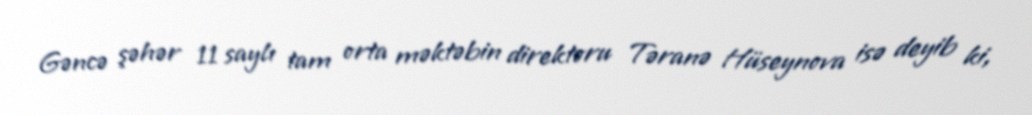
Gəncə şəhər 11 saylı tam orta məktəbin direktoru Təranə Hüseynova isə deyib ki,